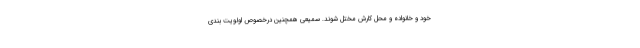
خود و خانواده و محل کارش مختل شوند. سمیعی همچنین درخصوص اولویت بندی